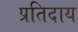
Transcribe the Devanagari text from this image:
प्रतिदाय